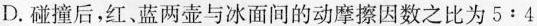
D.碰撞后，红、蓝两壶与冰面间的动摩擦因数之比为5:4